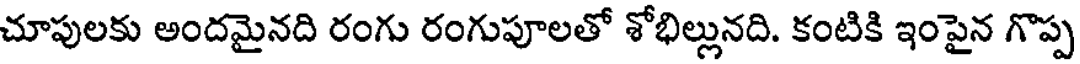
చూపులకు అందమైనది రంగు రంగుపూలతో శోభిల్లునది. కంటికి ఇంపైన గొప్ప